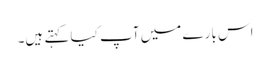
اس بارے میں آپ کیا کہتے ہیں۔